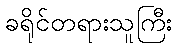
ခရိုင်တရားသူကြီး